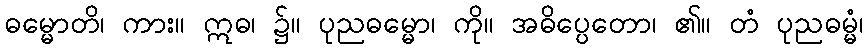
ဓမ္မောတိ၊ ကား။ ဣဓ၊ ၌။ ပုညဓမ္မော၊ ကို။ အဓိပ္ပေတော၊ ၏။ တံ ပုညဓမ္မံ၊